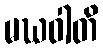
မဃဝါတိ